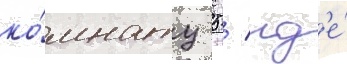
ко́мнату 5 / гд'е́